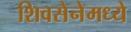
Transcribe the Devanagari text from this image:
शिवसेनेमध्ये